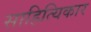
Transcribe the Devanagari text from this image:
साहित्यिकार